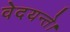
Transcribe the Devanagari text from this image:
वेदयन्ते।